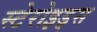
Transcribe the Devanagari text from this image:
स्टेरोइड्स